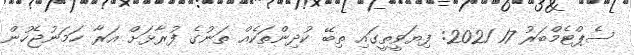
ސެޕްޓެމްބަރު 17 2021: ފިޔަވީތީގައި ތިބޭ ކުދިންތަކެއް ތަނުގެ ފުރާޅަށް އަރާ ހަމަނުޖެހުން